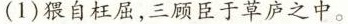
(1)猥自枉屈，三顾臣于草庐之中。